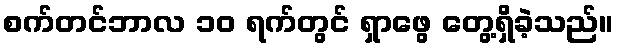
စက်တင်ဘာလ ၁၀ ရက်တွင် ရှာဖွေ တွေ့ရှိခဲ့သည်။